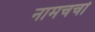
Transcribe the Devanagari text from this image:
नामचर्चा